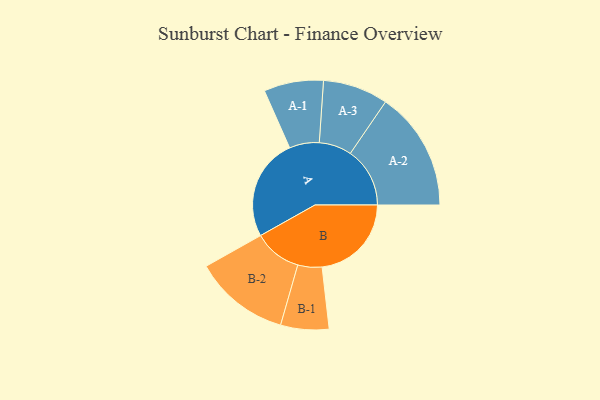
{"axis": {"x": "Segment", "y": "Value"}, "legend": ["", "A", "B"], "data": [{"x": "A", "y": 470, "type": ""}, {"x": "B", "y": 411, "type": ""}, {"x": "A-1", "y": 137, "type": "A"}, {"x": "A-2", "y": 274, "type": "A"}, {"x": "A-3", "y": 150, "type": "A"}, {"x": "B-1", "y": 111, "type": "B"}, {"x": "B-2", "y": 220, "type": "B"}]}